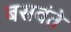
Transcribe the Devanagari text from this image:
बसवंते